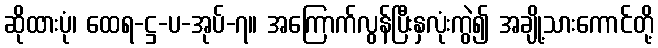
ဆိုထားပုံ၊ ထေရ-ဋ္ဌ-ပ-အုပ်-၇။ အကြောက်လွန်ပြီးနှလုံးကွဲ၍ အချို့သားကောင်တို့